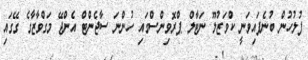
ފުލުހުން ބުނެފައިވަނީ ކްވަޒުލޫ ނަޓާލް ޕްރޮވިންސްގައި ހުންނަ ސާޖެންޓް އެންޖޭ މަގްވާޒާގެ ގޭގައި